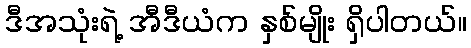
ဒီအသုံးရဲ့ အီဒီယံက နှစ်မျိုး ရှိပါတယ်။